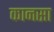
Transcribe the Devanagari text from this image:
कानसा